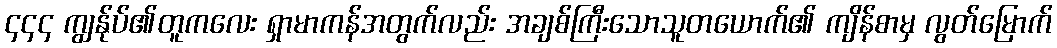
၄၄၄ ကျွန်ုပ်၏တူကလေး ရှာမာကန်အတွက်လည်း အချစ်ကြီးသောသူတယောက်၏ ကျိန်စာမှ လွတ်မြောက်